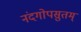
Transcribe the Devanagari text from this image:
नंदगोपसुतम्